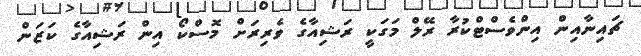
ޗައިނާއިން އިންވެސްޓްކުރާ ރޭލް މަގަކީ ރަޝިއާގެ ވެރިރަށް މޮސްކޯ އިން ރަޝިއާގެ ކަޒަން